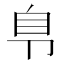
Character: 𰆏